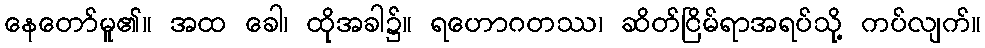
နေတော်မူ၏။ အထ ခေါ၊ ထိုအခါ၌။ ရဟောဂတဿ၊ ဆိတ်ငြိမ်ရာအရပ်သို့ ကပ်လျက်။